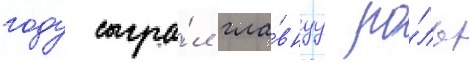
году сыгра́л гла́внуу ро́ль